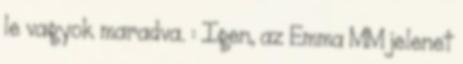
le vagyok maradva. : Igen, az Emma MM jelenet